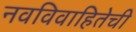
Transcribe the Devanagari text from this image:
नवविवाहितेची